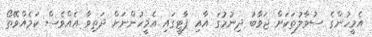
އެމީހުންގެ ސުވާލުތަކަށް ޖަވާބު ދިނުމުގަ އާއި ޕާޓީގައި އެމީހުންނަށް ދަތިވާ އެއްވެސް ކަމެއްވޭތޯ